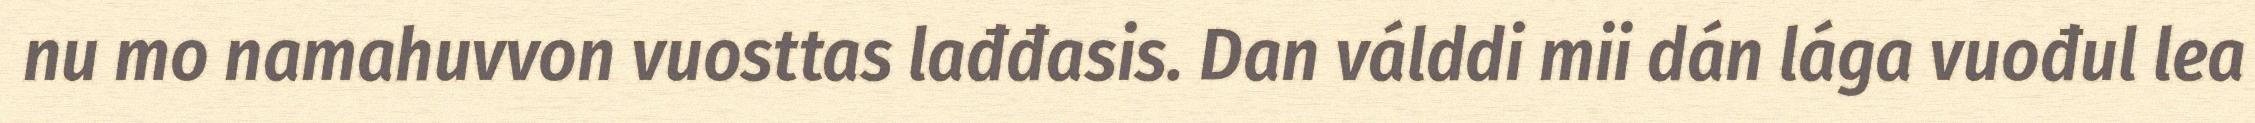
nu mo namahuvvon vuosttas lađđasis. Dan válddi mii dán lága vuođul lea